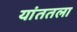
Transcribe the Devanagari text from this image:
यांततला